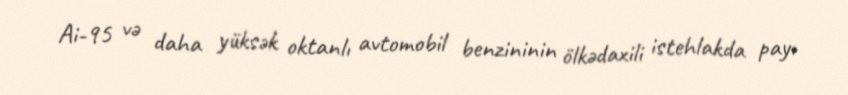
Ai-95 və daha yüksək oktanlı avtomobil benzininin ölkədaxili istehlakda payı